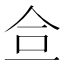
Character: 鿖